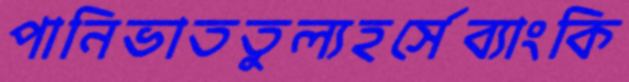
পানিভাততুল্যহর্সেব্যাংকি